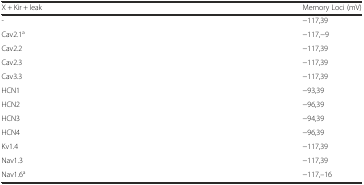
<table><thead><tr><td><b>X + Kir + leak</b></td><td><b>Memory Loci (mV)</b></td></tr></thead><tbody><tr><td>-</td><td>−117,39</td></tr><tr><td>Cav2.1<sup>a</sup></td><td>−117,−9</td></tr><tr><td>Cav2.2</td><td>−117,39</td></tr><tr><td>Cav2.3</td><td>−117,39</td></tr><tr><td>Cav3.3</td><td>−117,39</td></tr><tr><td>HCN1</td><td>−93,39</td></tr><tr><td>HCN2</td><td>−96,39</td></tr><tr><td>HCN3</td><td>−94,39</td></tr><tr><td>HCN4</td><td>−96,39</td></tr><tr><td>Kv1.4</td><td>−117,39</td></tr><tr><td>Nav1.3</td><td>−117,39</td></tr><tr><td>Nav1.6<sup>a</sup></td><td>−117,–16</td></tr></tbody></table>